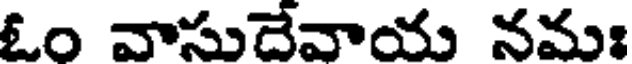
ఓం వాసుదేవాయ నమః